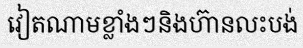
វៀតណាមខ្លាំងៗនិងហ៊ានលះបង់